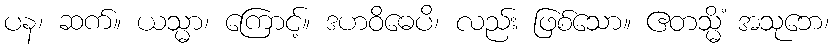
ပန၊ ဆက်။ ယသ္မာ၊ ကြောင့်။ ဒဟဝိဓေပိ၊ လည်း ဖြစ်သော။ ဧတသ္မိံ အသုဘေ၊